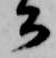
公